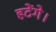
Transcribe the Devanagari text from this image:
हटेंगे।